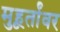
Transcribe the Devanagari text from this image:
मुहूर्तांवर